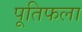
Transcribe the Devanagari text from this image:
पूतिफला